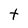
Character: t